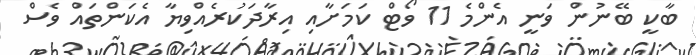
ބާކީ ބޭނުން ވަނީ އެންމެ 11 ވޯޓް ކަމަށާއި އިރާދަކުރެއްވިޔާ އެކަންތައް ވެސް